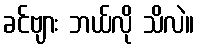
ခင်ဗျား ဘယ်လို သိလဲ။